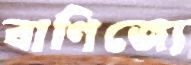
বাণিজ্যে